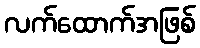
လက်ထောက်အဖြစ်